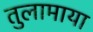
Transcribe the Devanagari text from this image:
तुलामाया